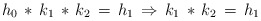
\begin{align*}h_0\,*\, k_1\, *\, k_2\, =\, h_1 \, \Rightarrow \, k_1\, *\, k_2\, =\, h_1\end{align*}